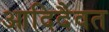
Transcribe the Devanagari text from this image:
आदिदैवत